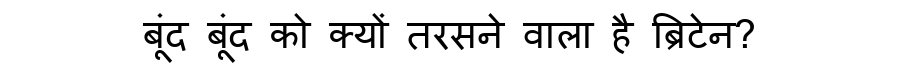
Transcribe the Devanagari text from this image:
बूंद बूंद को क्यों तरसने वाला है ब्रिटेन?